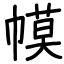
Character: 幙